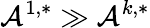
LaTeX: \mathcal{A}^{1,*}\gg\mathcal{A}^{k,*}